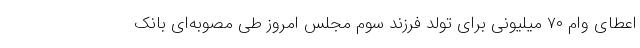
اعطای وام ۷۰ میلیونی برای تولد فرزند سوم مجلس امروز طی مصوبه‌ای بانک